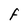
Character: F